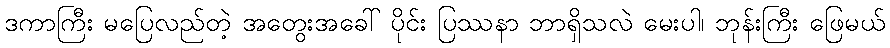
ဒကာကြီး မပြေလည်တဲ့ အတွေးအခေါ် ပိုင်း ပြဿနာ ဘာရှိသလဲ မေးပါ၊ ဘုန်းကြီး ဖြေမယ်